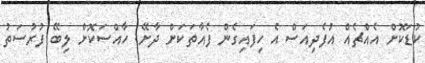
ކުޑަކޮށް އެއްޗެއް އުފެދިއަސް އެ ހިފައިގެން ފެއާތަކަށް ދާށޭ. ހާއްސަކޮށް ލިބޭ ފުރުސަތު